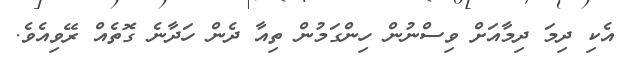
އެކި ދިމަ ދިމާއަށް ވިސްނުން ހިންގަމުން ތިއާ ދެން ހަދާނެ ގޮތެއް ރޭވިއެވެ.